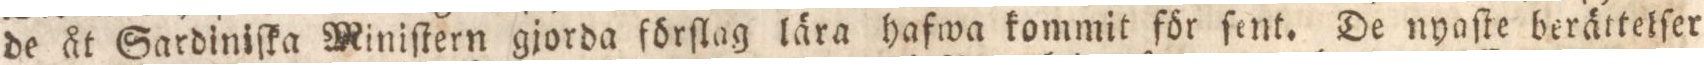
de åt Sardiniſka Miniſtern gjorda förſlag lära hafwa kommit för ſent. De nyaſte berättelſer